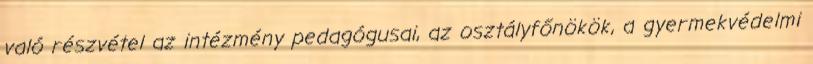
való részvétel az intézmény pedagógusai, az osztályfőnökök, a gyermekvédelmi